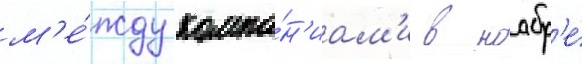
м'е́жду компа́н'иам'и в ноабр'е́